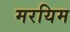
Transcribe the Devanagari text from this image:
मरयिम